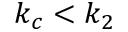
k _ { c } < k _ { 2 }